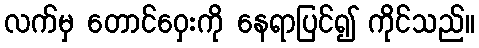
လက်မှ တောင်ဝှေးကို နေရာပြင်၍ ကိုင်သည်။